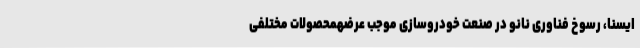
ایسنا، رسوخ فناوری‌ نانو در صنعت خودروسازی موجب عرضهمحصولات مختلفی